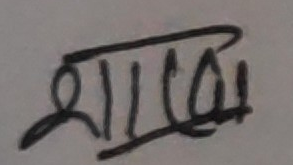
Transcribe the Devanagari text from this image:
शालुक